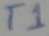
Text: T1